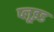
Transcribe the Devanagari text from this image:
प्लूइड